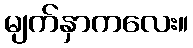
မျက်နှာကလေး။